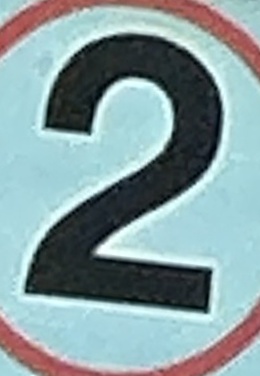
2